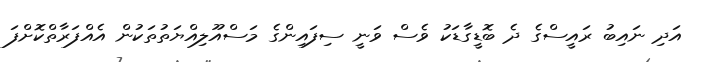
އަދި ނައިބު ރައީސްގެ ދެ ބޮޑީގާޑަކު ވެސް ވަނީ ސިފައިންގެ މަސްއޫލިއްޔަތުތަކުން އެއްފަރާތްކޮށްފަ